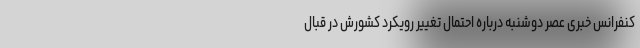
کنفرانس خبری عصر دوشنبه درباره احتمال تغییر رویکرد کشورش در قبال